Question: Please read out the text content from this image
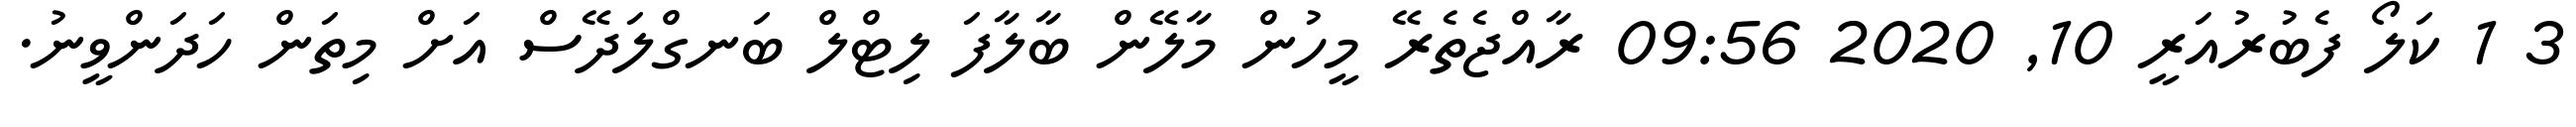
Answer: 3 1 ކަލޯ ފެބުރުއަރީ 10, 2020 09:56 ރާއްޖެތެރޭ މީހުން މާލޭން ބާލާފަ ލިޓްލް ބަނގްލަދޭސް އަށް މިތަން ހަދަންވީނު.